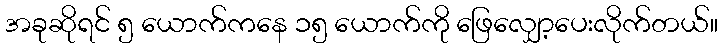
အခုဆိုရင် ၅ ယောက်ကနေ ၁၅ ယောက်ကို ဖြေလျှော့ပေးလိုက်တယ်။